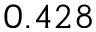
0 . 4 2 8